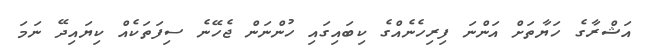
އަޝްރާގެ ހަޔާތަށް އަންނަ ފިރިހެނެއްގެ ކިބައިގައި ހުންނަން ޖެހޭނެ ސިފަތަކެއް ކިޔައިދޭ ނަމަ